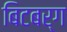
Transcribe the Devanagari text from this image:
बिटबर्ग